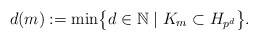
\begin{align*} d(m):=\min\bigl\{d\in\mathbb N\mid K_m\subset H_{p^d}\bigr\}. \end{align*}